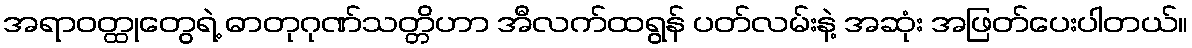
အရာဝတ္ထုတွေရဲ့ ဓာတုဂုဏ်သတ္တိဟာ အီလက်ထရွန် ပတ်လမ်းနဲ့ အဆုံး အဖြတ်ပေးပါတယ်။